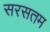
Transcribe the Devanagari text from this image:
सरसतम